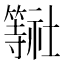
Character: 𮆠